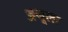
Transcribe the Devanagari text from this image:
अनूला